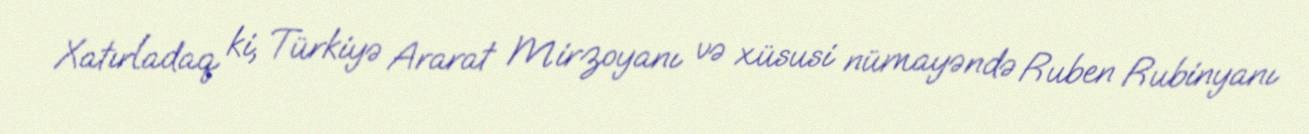
Xatırladaq ki, Türkiyə Ararat Mirzoyanı və xüsusi nümayəndə Ruben Rubinyanı